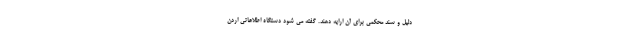
دلیل و سند محکمی برای آن ارایه دهند. گفته می شود دستگاه اطلاعاتی اردن